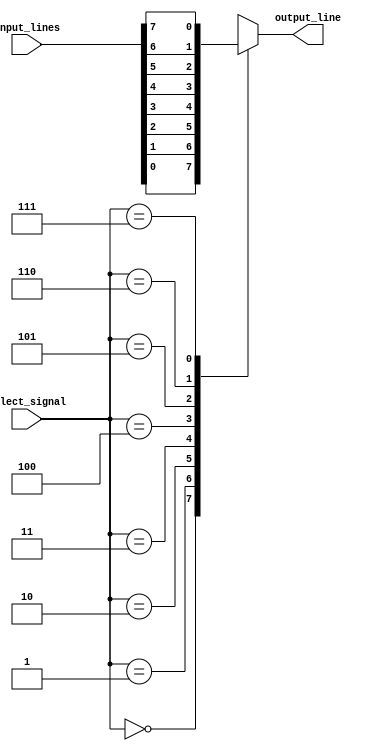
module mux_8to1 (
    input [7:0] input_lines,
    input [2:0] select_signal,
    output reg output_line
);

always @ (*)
begin
    case (select_signal)
        3'b000: output_line = input_lines[0];
        3'b001: output_line = input_lines[1];
        3'b010: output_line = input_lines[2];
        3'b011: output_line = input_lines[3];
        3'b100: output_line = input_lines[4];
        3'b101: output_line = input_lines[5];
        3'b110: output_line = input_lines[6];
        3'b111: output_line = input_lines[7];
        default: output_line = 0; //default to 0 if select signal is invalid
    endcase
end

endmodule